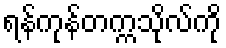
ရန်ကုန်တက္ကသိုလ်ကို